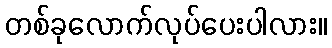
တစ်ခုလောက်လုပ်ပေးပါလား။